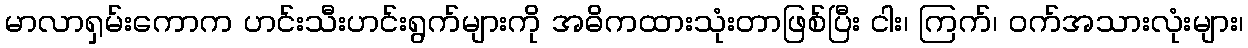
မာလာရှမ်းကောက ဟင်းသီးဟင်းရွက်များကို အဓိကထားသုံးတာဖြစ်ပြီး ငါး၊ ကြက်၊ ဝက်အသားလုံးများ၊